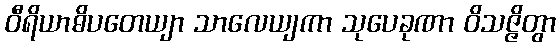
ဝီရိယာဓိပတေယျာ သာလေယျကာ သုပေခုဏာ ဝိသဇ္ဇိတွာ